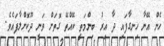
ހެން އޭނާ ހިނގާފައި ދާ އިރު ބިންމަތީ ކޭއްތޭ ގޮތަށް ވަނީ ދޫކޮށްލާފައެވެ.